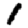
Digit: 1